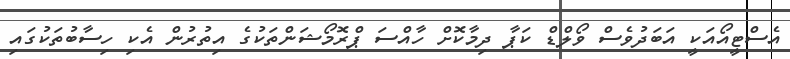
އެސްޓީއޯއަކީ އަބަދުވެސް ވޯލްޑް ކަޕާ ދިމާކޮށް ހާއްސަ ޕްރޮމޯޝަންތަކުގެ އިތުރުން އެކި ހިސާބުތަކުގައި